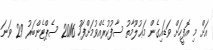
އަށް މި އޮފީހަށް ވަޑައިގެން މަޢުލޫމާތު ސާފުކުރެއްވުމަށްފަހު 2016 ސެޕްޓެންބަރު 29 ވަނަ